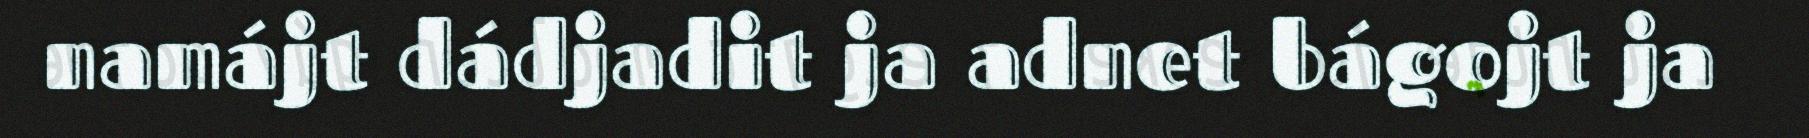
namájt dádjadit ja adnet bágojt ja